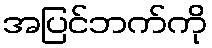
အပြင်ဘက်ကို